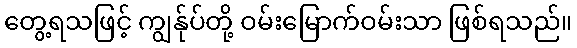
တွေ့ရသဖြင့် ကျွန်ုပ်တို့ ဝမ်းမြောက်ဝမ်းသာ ဖြစ်ရသည်။